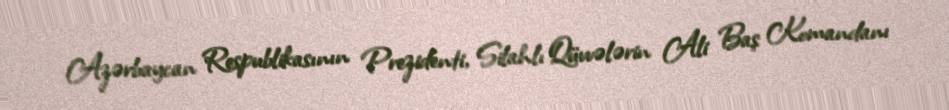
Azərbaycan Respublikasının Prezidenti, Silahlı Qüvvələrin Ali Baş Komandanı